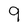
Character: 9